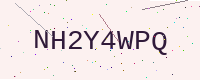
Text: NH2Y4WPQ